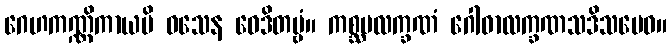
ဂေဟကဏ္ဏိကာယပိ ဝသေန ဝေဒိတဗ္ဗံ။ ကစ္ဆပလက္ခဏံ ဂေါဓာလက္ခဏသဒိသမေဝ။